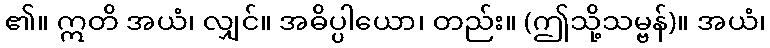
၏။ ဣတိ အယံ၊ လျှင်။ အဓိပ္ပါယော၊ တည်း။ (ဤသို့သမ္ဗန်)။ အယံ၊